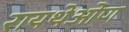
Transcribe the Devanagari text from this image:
रायथेओण